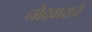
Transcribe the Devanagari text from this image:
नोंदवायचेे